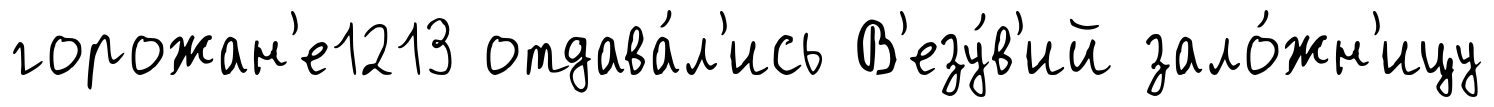
горожан'е1213 отдава́л'ись В'езу́в'ий зало́жн'ицу